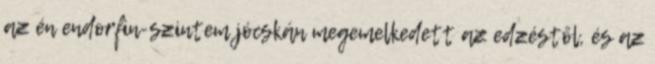
az én endorfin-szintem jócskán megemelkedett az edzéstől, és az